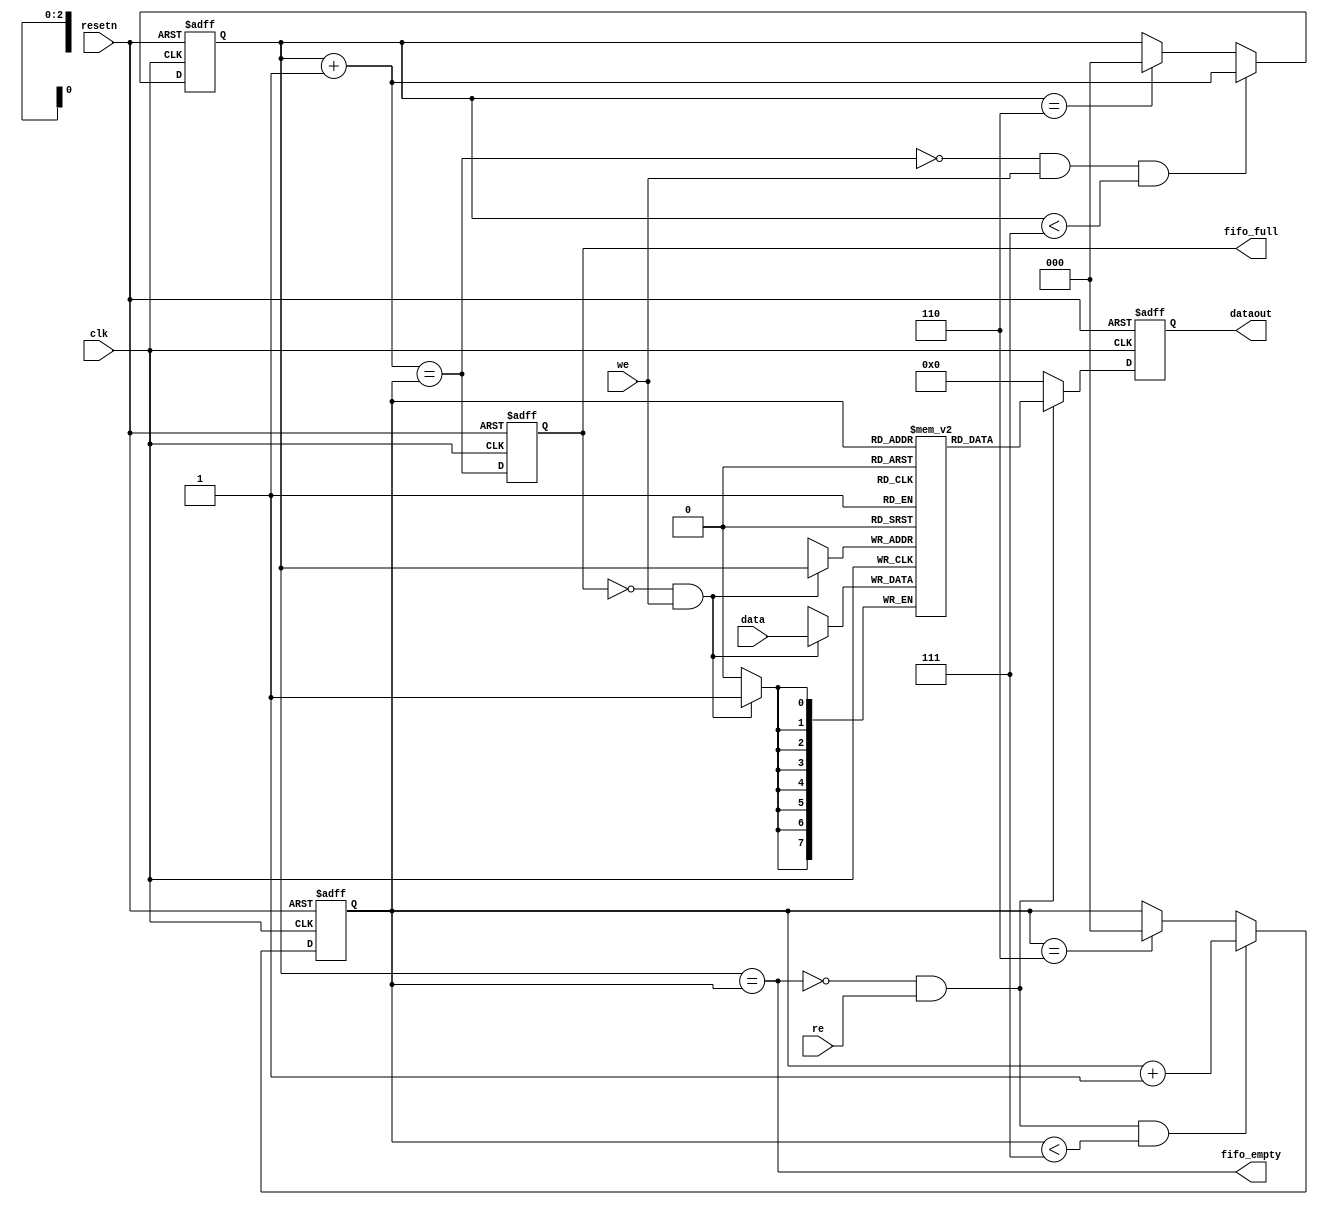
// **************************************************************
// Design : Alignment FIFO
// Version : 0.06
// **************************************************************

// TODO: Adjust FIFO so that it's size aligns with ADC parameters.

// @@@@@@@@@@@@@@@@@@@@@@@@@@@ Circular FIFO Logic @@@@@@@@@@@@@@@@@@@@@@@@@@

module Circular_FIFO #(parameter W = 8, D = 7)(
    input wire clk, 
    input wire resetn, 
    input wire we, 
    input wire re, 
    input wire [W - 1 : 0] data, 
    output wire fifo_full, 
    output wire fifo_empty, 
    output wire [W - 1 : 0] dataout
); 

reg [$clog2(D) - 1 : 0] wptr, rptr; 
wire [$clog2(D) - 1 : 0] nwptr, nrptr;

reg [W - 1 : 0] cfifo [D - 1 : 0]; 

// Pointer Update Logic 
always @ (posedge clk or negedge resetn) 
begin
  if (~resetn) 
   begin
     wptr <= 0; 
     rptr <= 0; 
   end 
   else 
    begin
      wptr <= nwptr; 
      rptr <= nrptr; 
    end
end

wire write_en; 
wire read_en; 

  
wire fifo_ctrl; 
  
// FIFO Status Signals 
assign fifo_empty = (wptr == rptr); 
  assign fifo_ctrl  = ((wptr + 3'b01) == rptr); // !!!!!!
  
reg fifo_full_pipe; 

  always @ (posedge clk or negedge resetn)
    begin
      if (~resetn)
         fifo_full_pipe <= 0; 
       else 
         fifo_full_pipe <= fifo_ctrl; 
    end
  
assign fifo_full = fifo_full_pipe; 

// FIFO Write and Read Logic 
assign write_en = (~fifo_full && we); 
assign read_en  = (~fifo_empty && re);  

// FIFO Pointer Update
assign nwptr = (~fifo_ctrl && we && (wptr < 3'd7)) ? wptr + 1 : (wptr == 3'd6) ? 0 : wptr; 
assign nrptr = (read_en && (rptr < 3'd7))  ? rptr + 1 : (rptr == 3'd6) ? 0 :  rptr; 

// FIFO Write
always @ (posedge clk) 
    begin
      if (write_en)
       cfifo[wptr] <= data; 
    end
  
reg [W-1 : 0] dout; 
  
  always @ (posedge clk or negedge resetn) 
    begin
      if (~resetn) 
        dout <= 0; 
      else 
        begin
          if (read_en) 
            dout <= cfifo[rptr]; 
           else 
             dout <= 0; 
        end
    end

// FIFO Read
  assign dataout = dout; 

endmodule